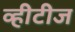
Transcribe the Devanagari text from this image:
व्हीटीज